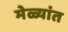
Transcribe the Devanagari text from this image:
मेळ्यांत